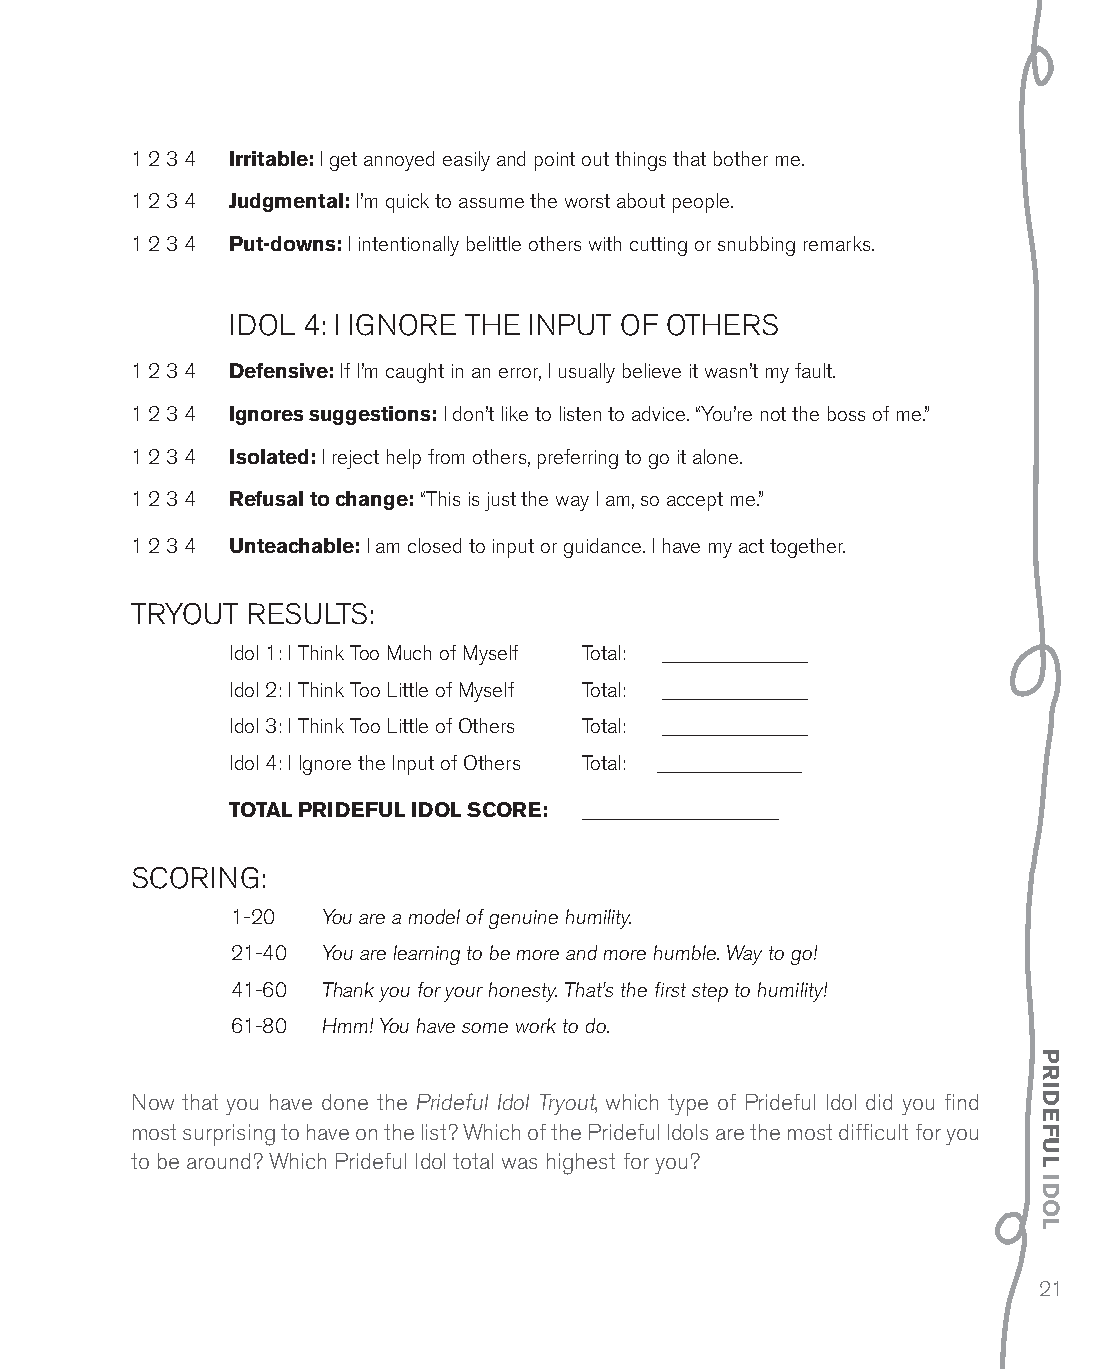
1 2 3 4 Irritable: i get annoyed easily and point out things that bother me.
 1 2 3 4 Judgmental: i’m quick to assume the worst about people.
 1 2 3 4 put-downs: i intentionally belittle others with cutting or snubbing remarks.
 idol 4: i ignore tHe input oF otHerS
 1 2 3 4 Defensive: if i’m caught in an error, i usually believe it wasn’t my fault.
 1 2 3 4 Ignores suggestions: i don’t like to listen to advice. “you’re not the boss of me.”
 1 2 3 4 Isolated: i reject help from others, preferring to go it alone.
 1 2 3 4 refusal to change: “this is just the way i am, so accept me.”
 1 2 3 4 unteachable: i am closed to input or guidance. i have my act together.
 tryout reSultS:
 idol 1: i think too Much of Myself total: ______________
 idol 2: i think too little of Myself total: ______________
 idol 3: i think too little of others total: ______________
 idol 4: i ignore the input of others total: ______________
 total prIDeful IDol sCore: ___________________
 Scoring:
 1-20  you are a model of genuine humility.
 21-40 you are learning to be more and more humble. Way to go!
 41-60 thank you for your honesty. that’s the first step to humility!
 61-80 Hmm! you have some work to do.
 now that you have done the prideful idol tryout, which type of prideful idol did you find
 most surprising to have on the list? Which of the prideful idols are the most difficult for you
 to be around? Which prideful idol total was highest for you?
 21
 prIDeful
 IDol